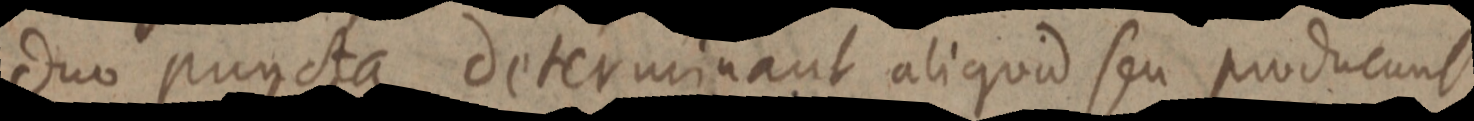
duo puncta determinant aliquid seu producunt